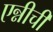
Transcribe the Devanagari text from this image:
एन्नीची